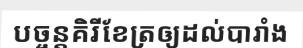
បច្ចន្តគិរីខែត្រឲ្យដល់បារាំង